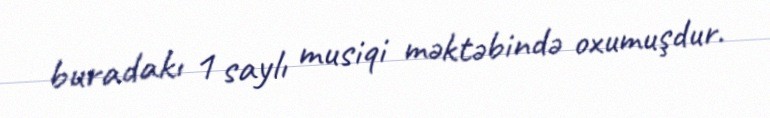
buradakı 1 saylı musiqi məktəbində oxumuşdur.